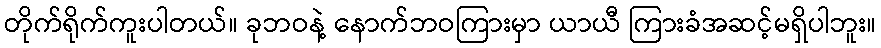
တိုက်ရိုက်ကူးပါတယ်။ ခုဘဝနဲ့ နောက်ဘဝကြားမှာ ယာယီ ကြားခံအဆင့်မရှိပါဘူး။